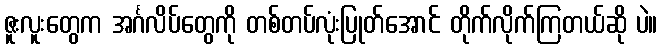
ဇူးလူးတွေက အင်္ဂလိပ်တွေကို တစ်တပ်လုံးပြုတ်အောင် တိုက်လိုက်ကြတယ်ဆို ပဲ။